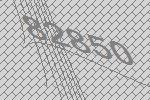
82850